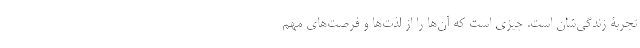
تجربۀ زندگی‌شان است. چیزی است که آن‌ها را از لذت‌ها و فرصت‌های مهم